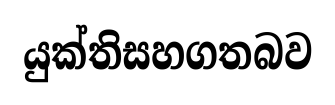
යුක්තිසහගතබව